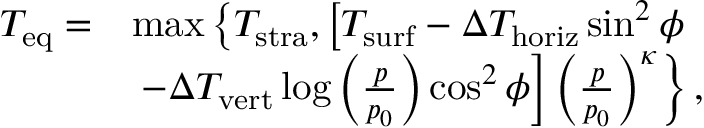
\begin{array} { r l } { T _ { \mathrm { e q } } = } & { \operatorname* { m a x } \left\{ T _ { \mathrm { s t r a } } , \left[ T _ { \mathrm { s u r f } } - \Delta T _ { \mathrm { h o r i z } } \sin ^ { 2 } \phi \right. \right. } \\ & { \left. \left. - \Delta T _ { \mathrm { v e r t } } \log \left( \frac { p } { p _ { 0 } } \right) \cos ^ { 2 } \phi \right] \left( \frac { p } { p _ { 0 } } \right) ^ { \kappa } \right\} , } \end{array}